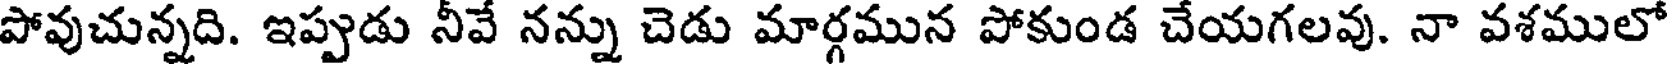
పోవుచున్నది. ఇప్పుడు నీవే నన్ను చెడు మార్గమున పోకుండ చేయగలవు. నా వశములో